65_HS1-834228961_62-HQ-83894_Section_4
Agency: FBI
Page 70
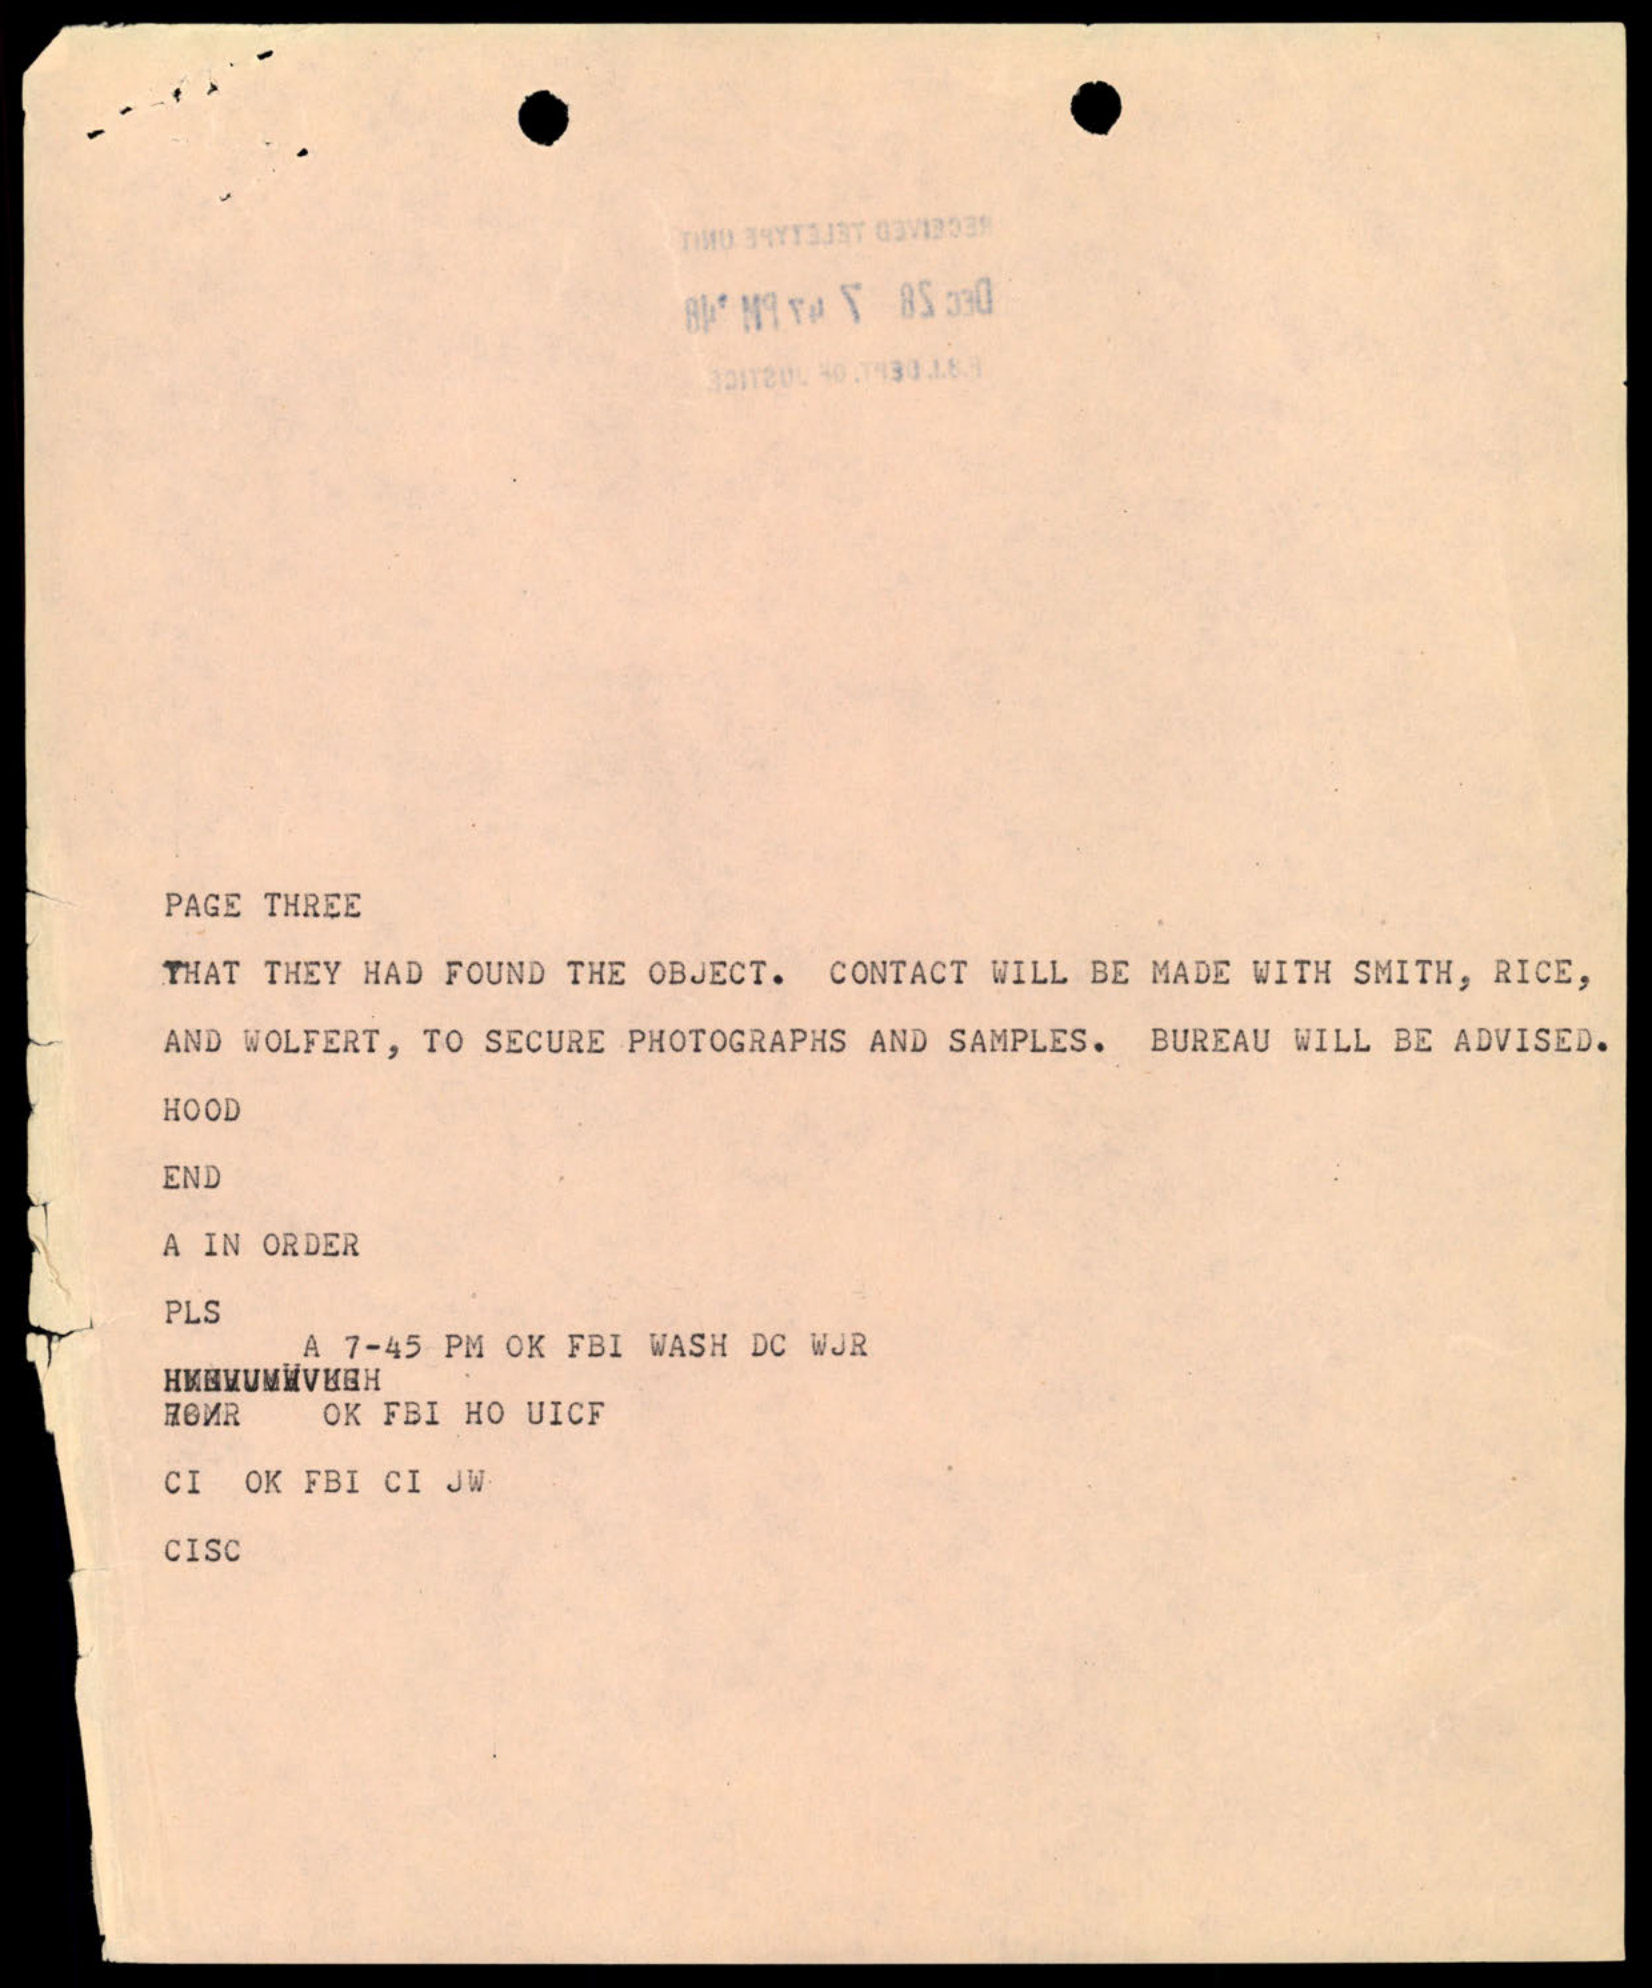